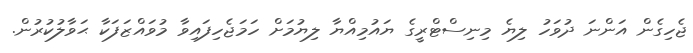
ޖެހިގެން އަންނަ ދުވަހު ލިޔެ މިނިސްޓްރީގެ ޔައުމިއްޔާ ލިޔުމަށް ހަމަޖެހިފައިވާ މުވައްޒަފަކާ ޙަވާލުކުރުން.